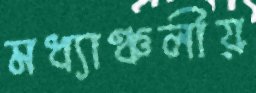
মধ্যাঞ্চলীয়